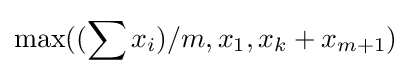
\max((\sum x_{i})/m,x_{1},x_{k}+x_{m+1})